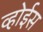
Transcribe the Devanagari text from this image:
व्होईस